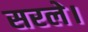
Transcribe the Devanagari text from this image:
सरले।